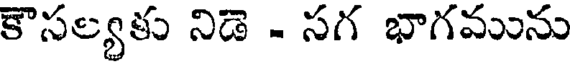
కౌసల్యకు నిడె - సగ భాగమును